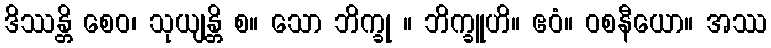
ဒိဿန္တိ စေဝ၊ သုယျန္တိ စ။ သော ဘိက္ခု ။ ဘိက္ခူဟိ။ ဧဝံ။ ဝစနီယော။ အဿ